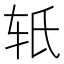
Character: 𬨂